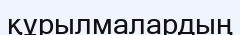
құрылмалардың